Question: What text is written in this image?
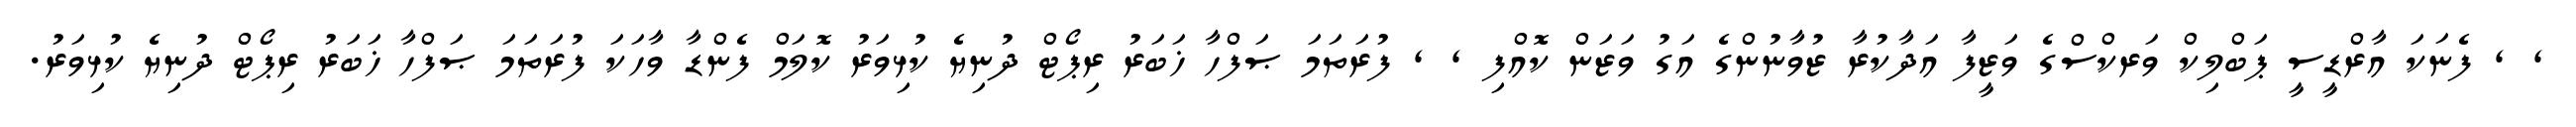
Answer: , , ފެނަކަ އާރްޑީސީ ޕަބްލިކް ވަރކްސްގެ ވަޒީފާ އަދާކުރާ ޒުވާނުންގެ އަގު ވަޒަން ކޮއްފި , , ފުރަތަމަ ޞަފްހާ ޚަބަރު ރިޕޯޓް ދުނިޔެ ކުޅިވަރު ކޮލަމް ފެންޑާ ވާހަކަ ފުރަތަމަ ޞަފްހާ ޚަބަރު ރިޕޯޓް ދުނިޔެ ކުޅިވަރު.